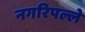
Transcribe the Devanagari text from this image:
नगरिपल्ले